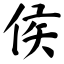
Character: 侯